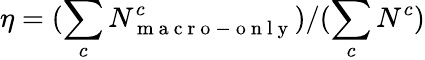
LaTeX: \eta=(\sum_{c}N_{\mathrm{~m~a~c~r~o~-~o~n~l~y~}}^{c})/(\sum_{c}N^{c})